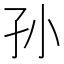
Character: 孙